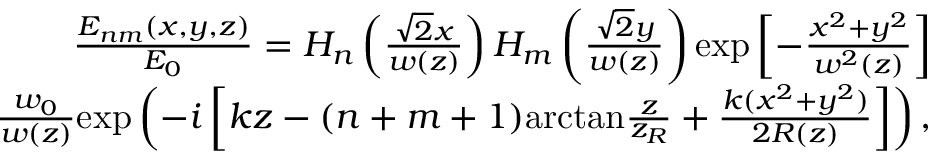
\begin{array} { r } { \frac { E _ { n m } ( x , y , z ) } { E _ { 0 } } = H _ { n } \left( \frac { \sqrt { 2 } x } { w ( z ) } \right) H _ { m } \left( \frac { \sqrt { 2 } y } { w ( z ) } \right) \mathrm { e x p } \left[ - \frac { x ^ { 2 } + y ^ { 2 } } { w ^ { 2 } ( z ) } \right] } \\ { \frac { w _ { 0 } } { w ( z ) } \mathrm { e x p } \left( - i \left[ k z - ( n + m + 1 ) \mathrm { a r c t a n } \frac { z } { z _ { R } } + \frac { k ( x ^ { 2 } + y ^ { 2 } ) } { 2 R ( z ) } \right] \right) , } \end{array}